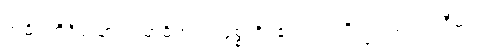
အဓိပတိရှိသော သမာဓိဟူ၍။ ဝုစ္စတိ၊ ၏။ ပ။ ဘိက္ခု၊ သည်။ ဝီမံသံ၊